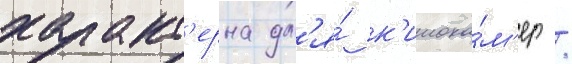
характ'ерна дл'я́ к'инока́м'ер /